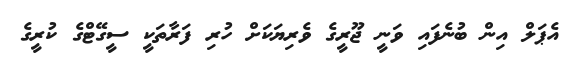
އެޕަލް އިން ބުނެފައި ވަނީ ޖޫރީގެ ވެރިޔަކަށް ހުރި ފަރާތަކީ ސީގޭޓްގެ ކުރީގެ